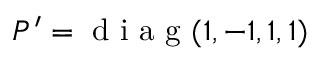
P ^ { \prime } = \mathrm { ~ d ~ i ~ a ~ g ~ } ( 1 , - 1 , 1 , 1 )